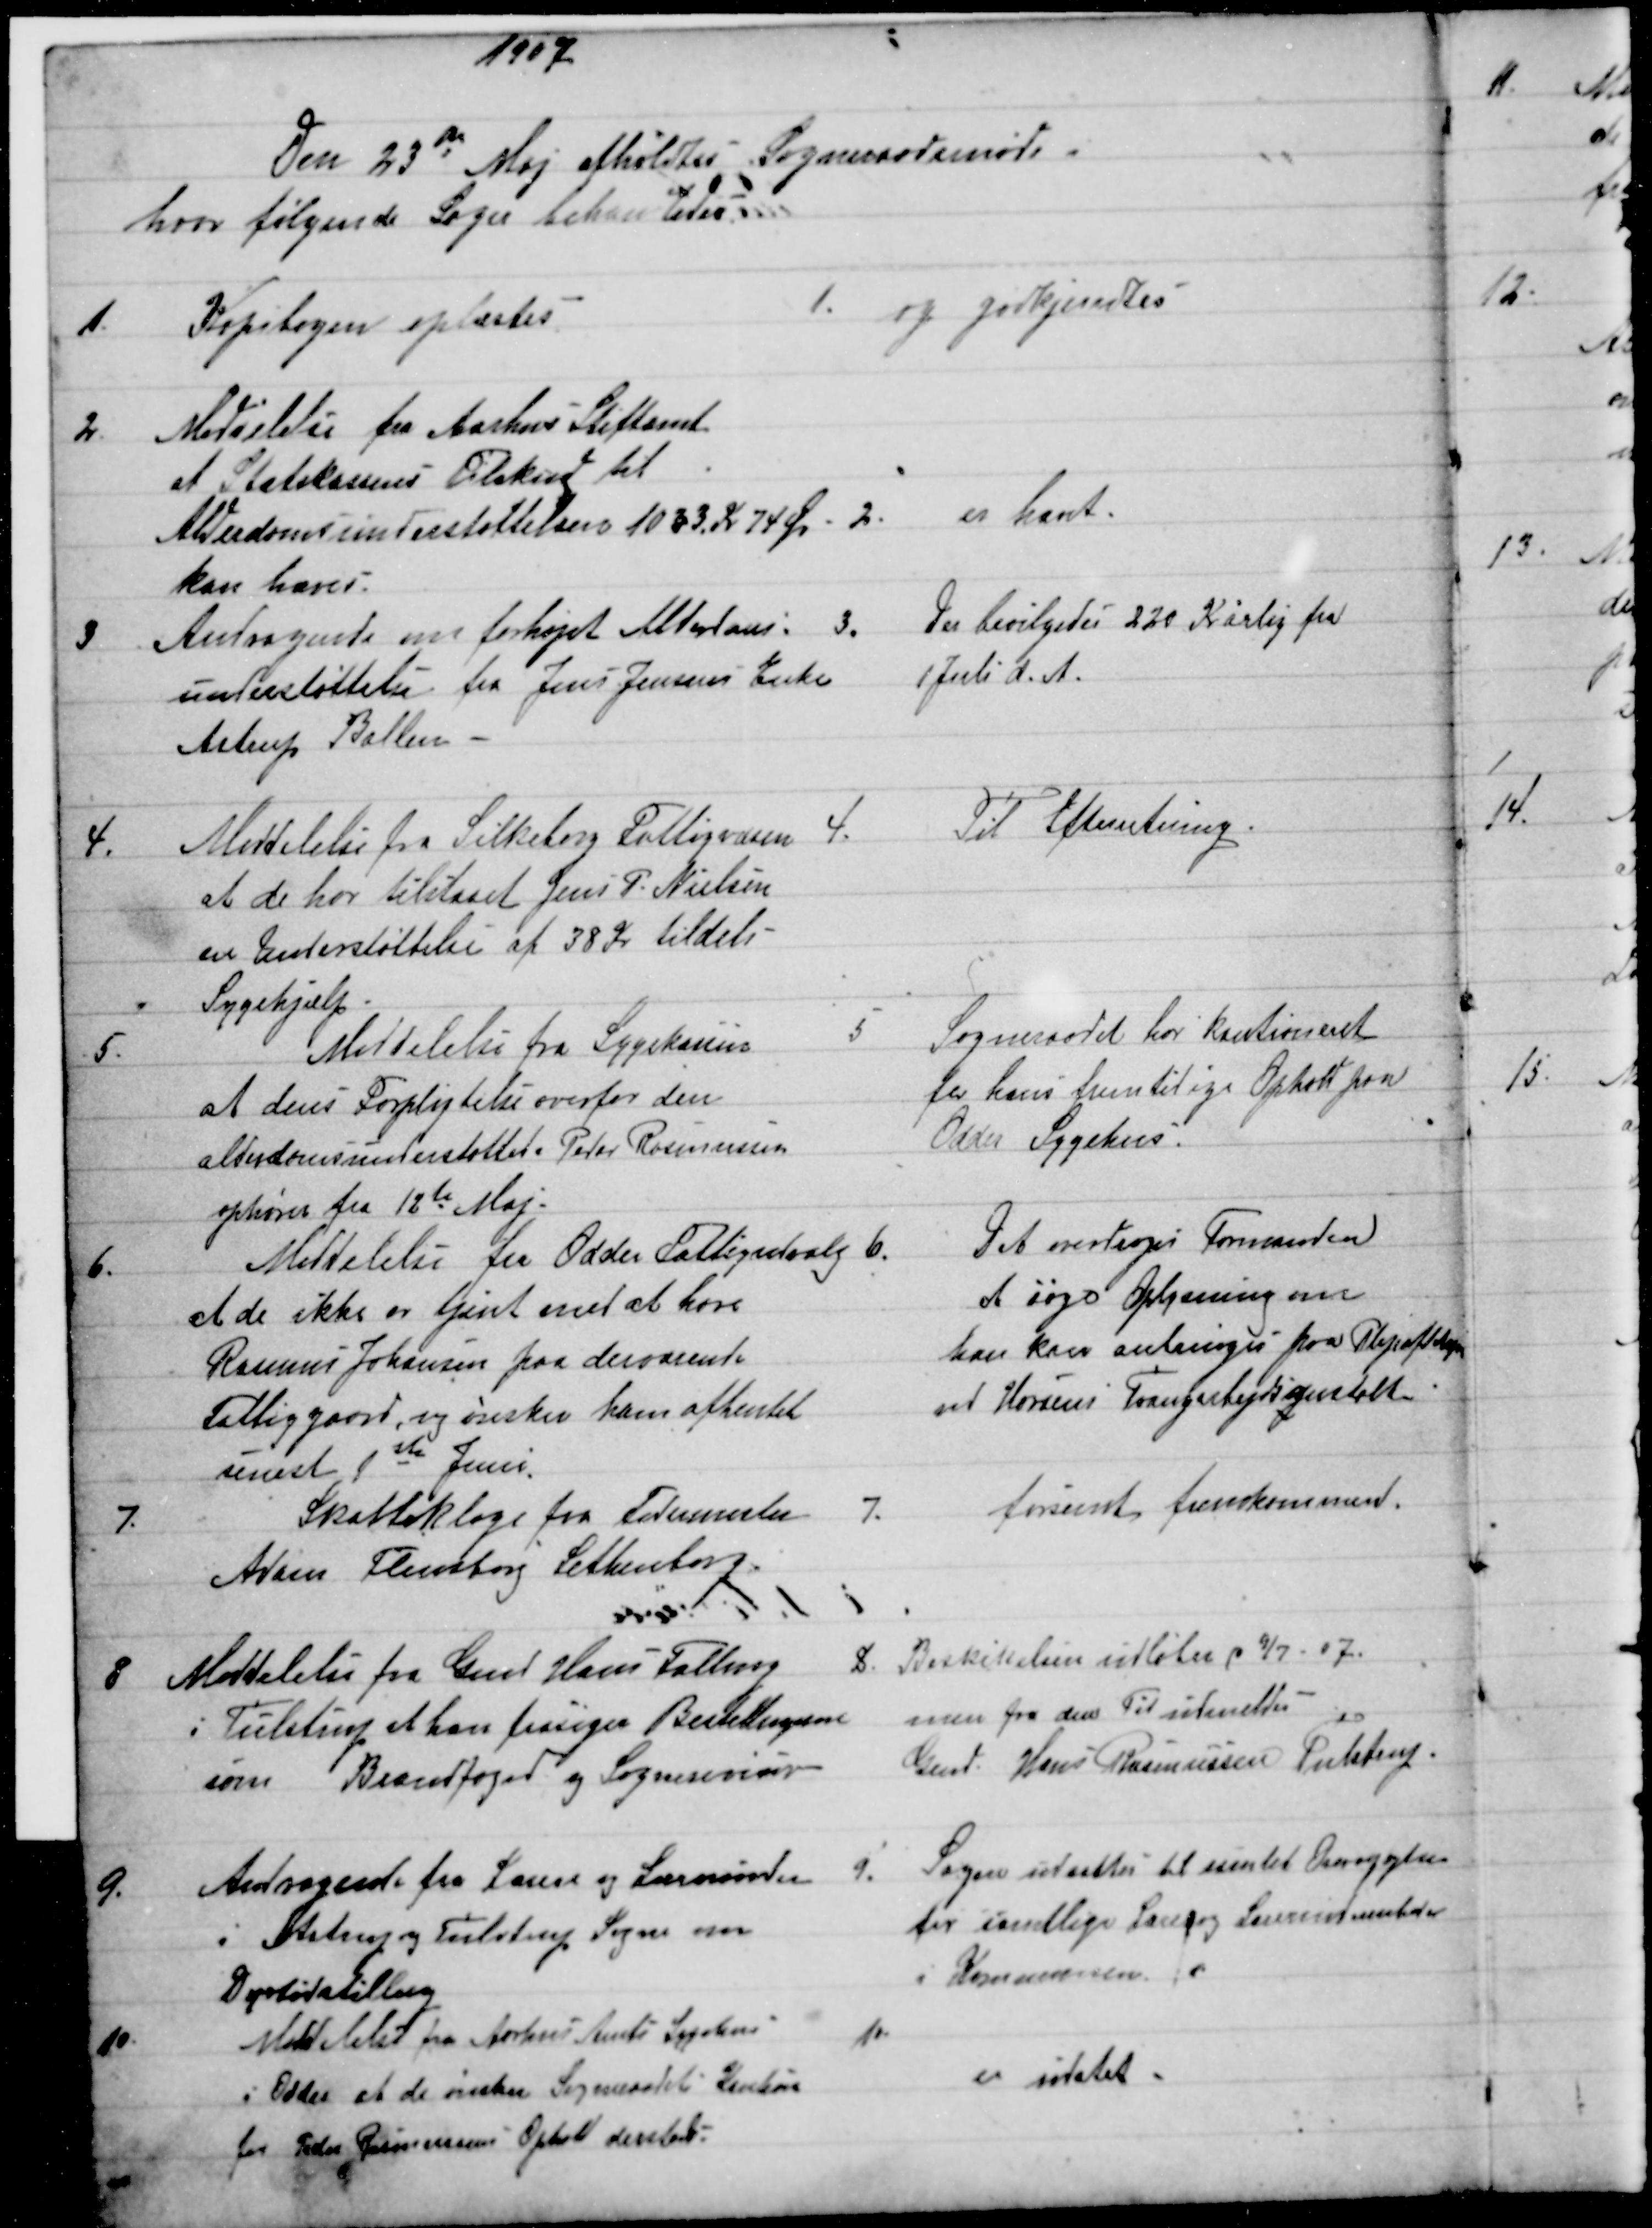
Transskription:
1907.
Den 23de Maj afholdtes Sogneraadsmøde
hvor følgende Sager behandledes.
1.
Kopibogen oplæstes
1.
og godkjendtes
2.
Meddelelse fra Aarhus Stiftamt
at Statskassens Tilskud til
Alderdomsunderstøttelsen 1033 Kr 74 Øre 
kan hæves.
2.
er hævet.
3
Andragende om forhøjet Alderdoms-
understøttelse fra Jens Jensens Enke
Astrup Ballen
3.
Der bevilgedes 220 Kr årlig fra
1 Juli d. A.
4.
Meddelelse fra Silkeborg Fattigvæsen
at de har tilstaaet Jens P. Nielsen
en Understøttelse af 38 Kr tildels
Sygehjælp
 4.
Til Efterretning
5.
Meddelelse fra Sygekassen
at dens Forpligtelse overfor den
alderdomsunderstøttede Peter Rasmussen
ophører fra 12te Maj.
5
Sogneraadet har kautioneret
for hans fremtilige Opholt paa
Odder Sygehus.
6.
Meddelelse fra Odder Fattigudvalg 
at de ikke er tjent med at have
Rasmus Johansen paa derværende
Fattiggaard, og ønsker ham afhentet
senest 1ste Juni.
6.
Det overdroges Formanden
at søge Oplysning om
han kan anbringes paa Plejeafdelingen
ved Horsens Tvangsarbejdsanstalt
7. 
Skatteklage fra Fodermester
Adam Flensborg Lethenborg.
7.
forsent fremkommend.
8
Meddelelse fra Gmd Hans Falling
i Tulstrup at han frasiger Bestillingerne
som Brandfoged og Sognerevisor
8.
Beskikelsen udløber d 9/7 - 07.
men fra den Tid udmeldes
Gmd. Hans Rasmussen Tulstrup.
9.
Andragende fra Lærere og Lærerinder
i Astrup og Tulstrup Sogne om
Dyrtidstillæg
9.
Sagen udsættes til samlet Omoggelse
for samtlige Lærer og Lærerinder
i Kommunen. 
10
Meddelelse fra Aarhus Amts Sygehus
i Odder at de ønsker Sogneraadets Kaution
for Peder Rasmussens Ophold dersteds.
10.
er udstet.